Trukikaitis_Postimees, lk 185
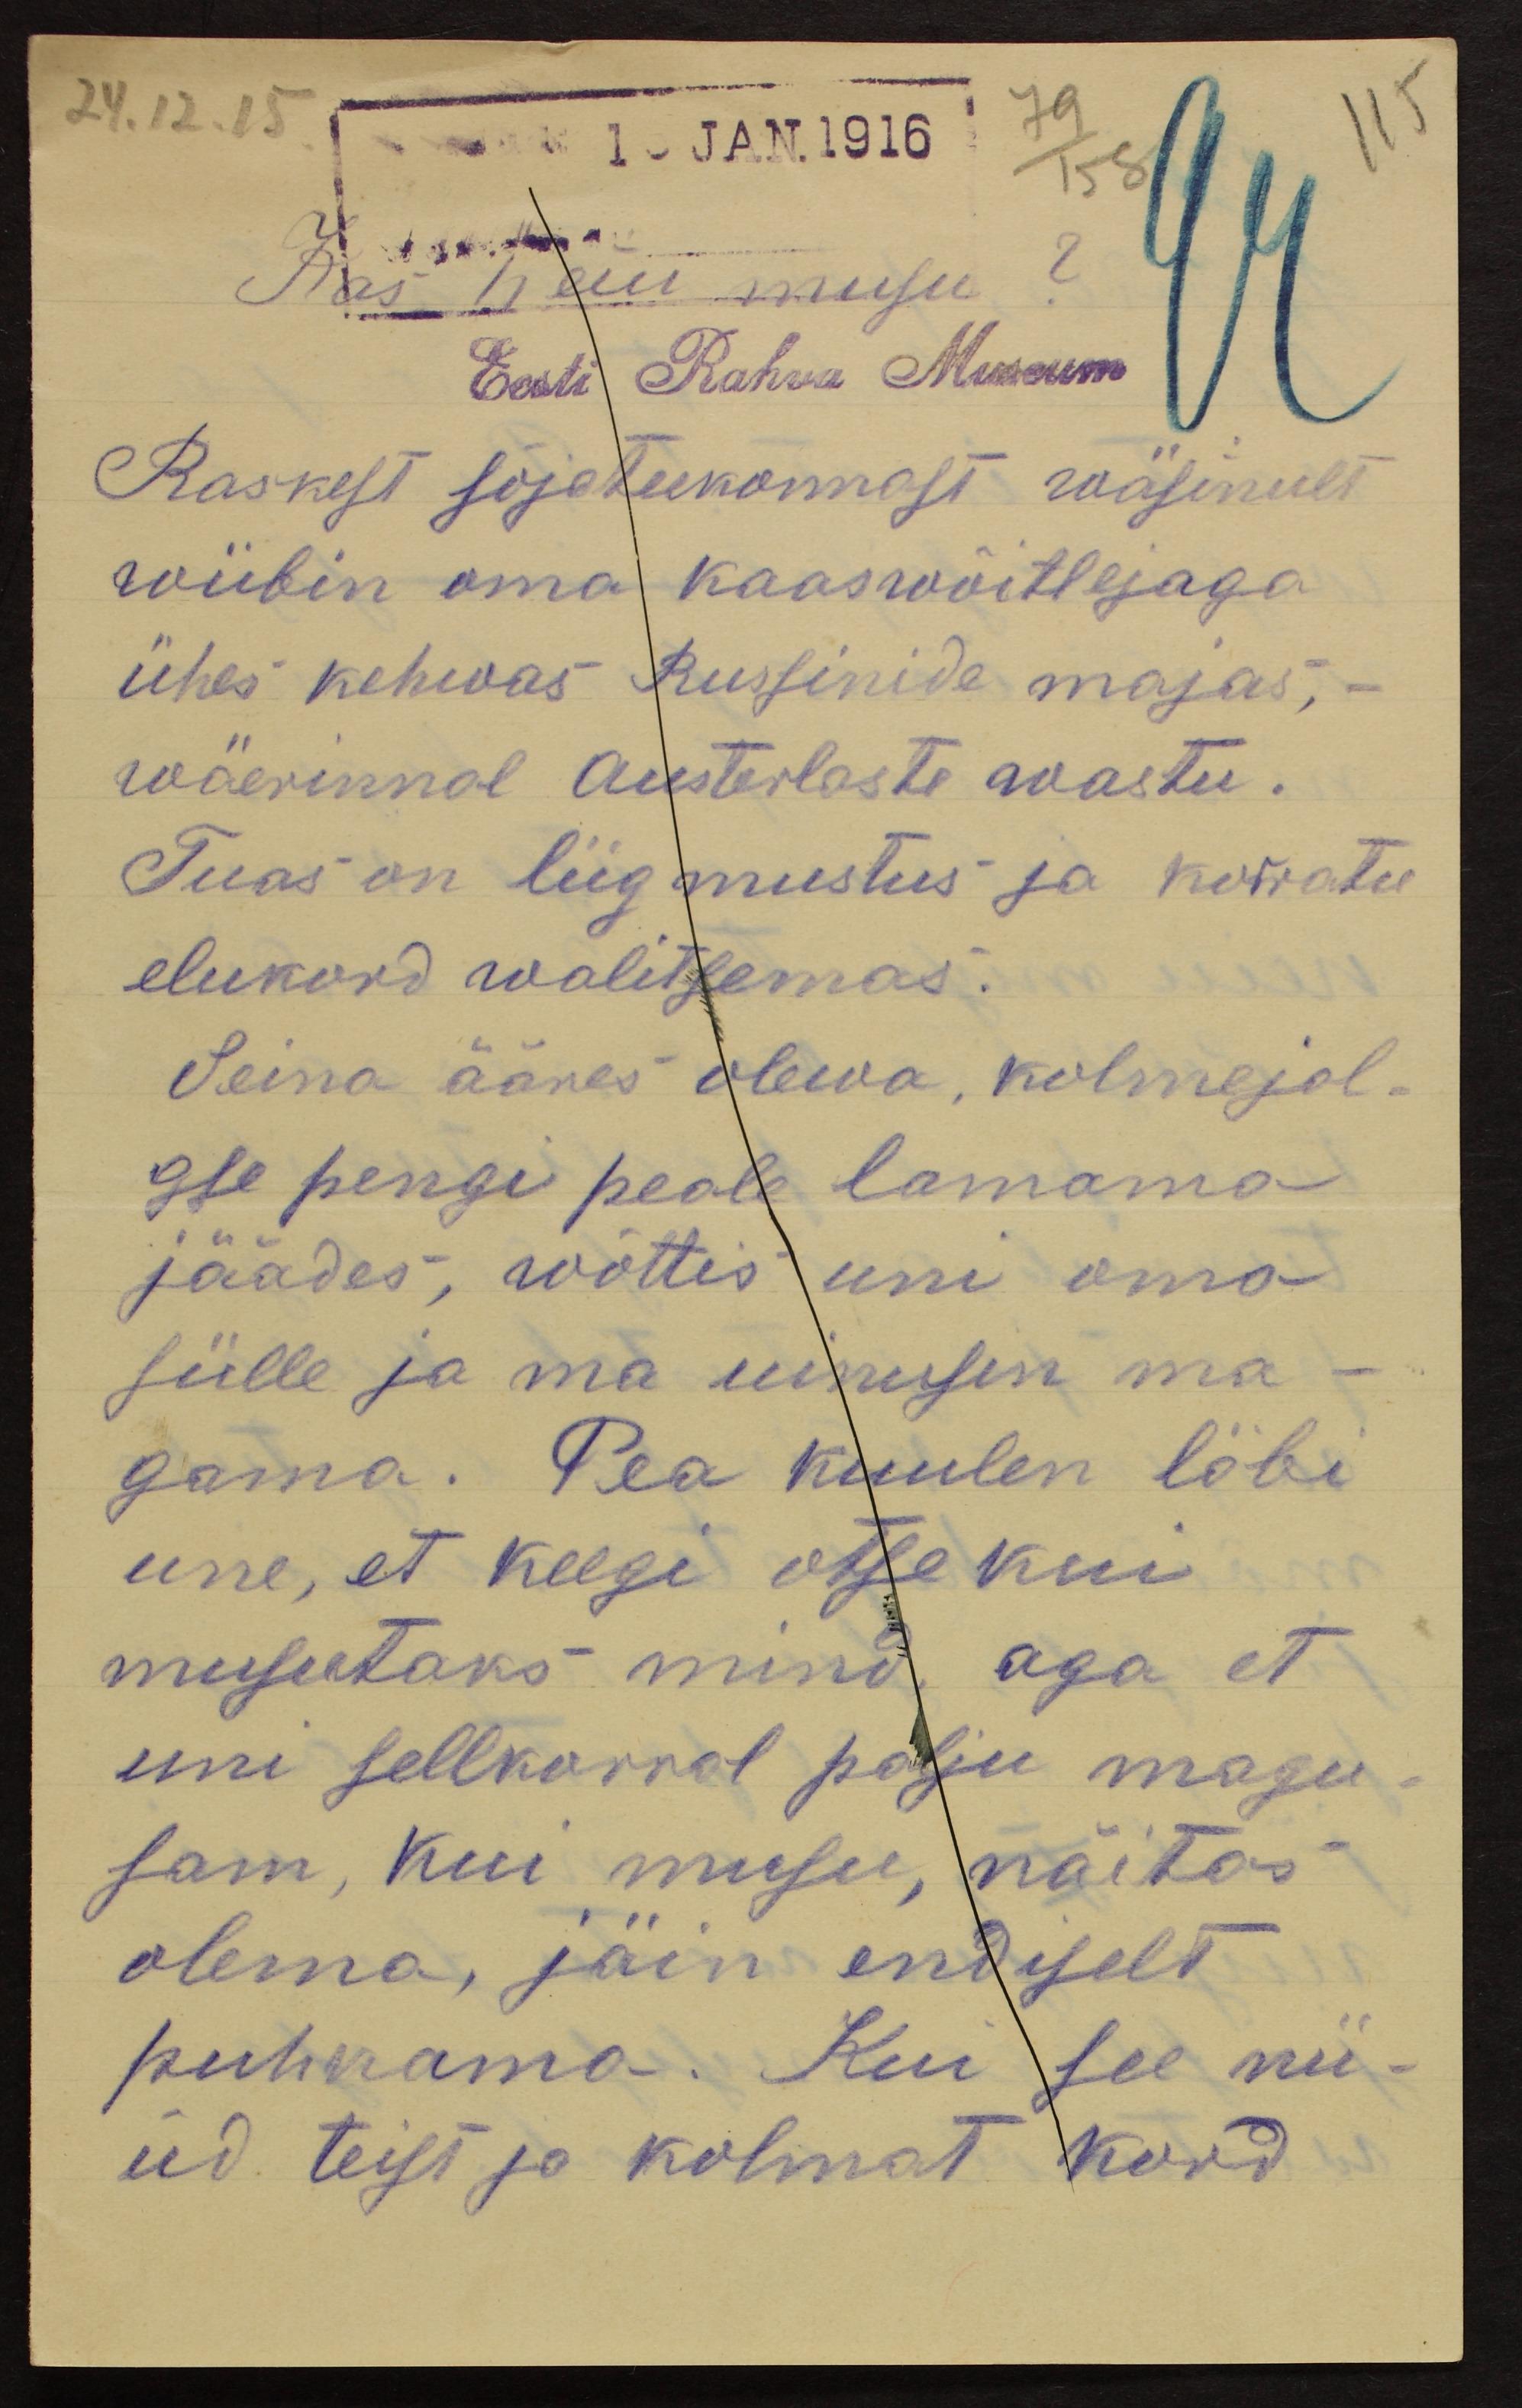
24.12.15 1. JAN.1916 79/158
Kas neiu musu?
Eest Rahva Museum
Raskest sõjateekonnast wäsinult
wiibin oma kaaswõitlejaga
ühes kehwas Russinide majas,
wäerinnal Austerlaste wastu.
Tuas on liig mustus ja korratu
elukord walitsemas.
Seina ääres olewa, kolmejal-
gse pengi peale lamama
jäädes, wõttis uni oma
sülle ja ma uinusin ma-
gama. Pea kuulen läbi
une, et keegi otse kui
musutaks mind, aga et
uni sellkorral palju magu-
sam, kui musu, näitas
olema, jäin endiselt
puhkama. Kui see nü-
üd teist ja kolmat kord